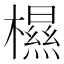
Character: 𰘽